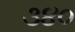
૩૪૦